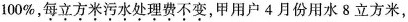
100%，每立方米污水处理费不变，甲用户4月份用水8立方米，